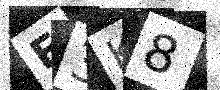
Text: E3K8